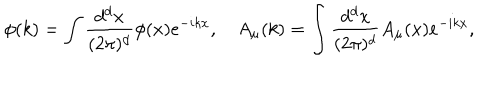
\phi ( k ) = \int \frac { d ^ { d } x } { ( 2 \pi ) ^ { d } } \phi ( x ) e ^ { - i k x } , \quad A _ { \mu } ( k ) = \int \frac { d ^ { d } x } { ( 2 \pi ) ^ { d } } A _ { \mu } ( x ) e ^ { - i k x } ,